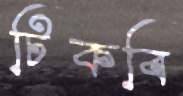
টিকবি